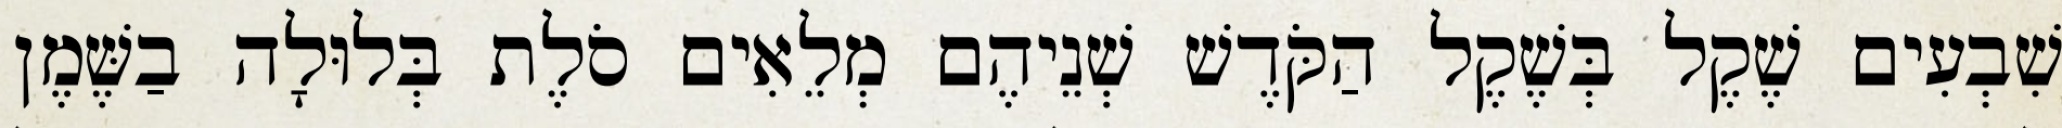
שִׁבְעִים שֶׁקֶל בְּשֶׁקֶל הַקֹּדֶשׁ שְׁנֵיהֶם מְלֵאִים סֹלֶת בְּלוּלָה בַשֶּׁמֶן